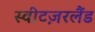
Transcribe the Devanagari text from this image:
स्वीटज़रलैंड